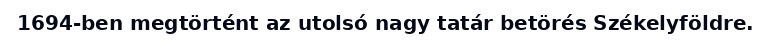
1694-ben megtörtént az utolsó nagy tatár betörés Székelyföldre.